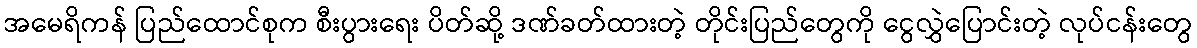
အမေရိကန် ပြည်ထောင်စုက စီးပွားရေး ပိတ်ဆို့ ဒဏ်ခတ်ထားတဲ့ တိုင်းပြည်တွေကို ငွေလွှဲပြောင်းတဲ့ လုပ်ငန်းတွေ